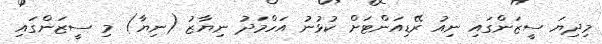
މިދިޔަ ސީޒަންގައި ނިއު ރޭޑިއަންޓަށް ކުޅުނު އަހްމަދު ނިޔާޒު (ނިޔާ) މި ސީޒަންގައި